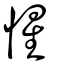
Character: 惺